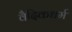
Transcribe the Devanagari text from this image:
वैदिकधर्म